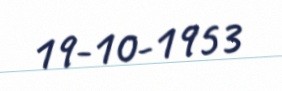
19-10-1953